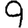
Digit: 9